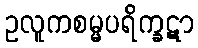
ဥလူကစမ္မပရိက္ခဋာ